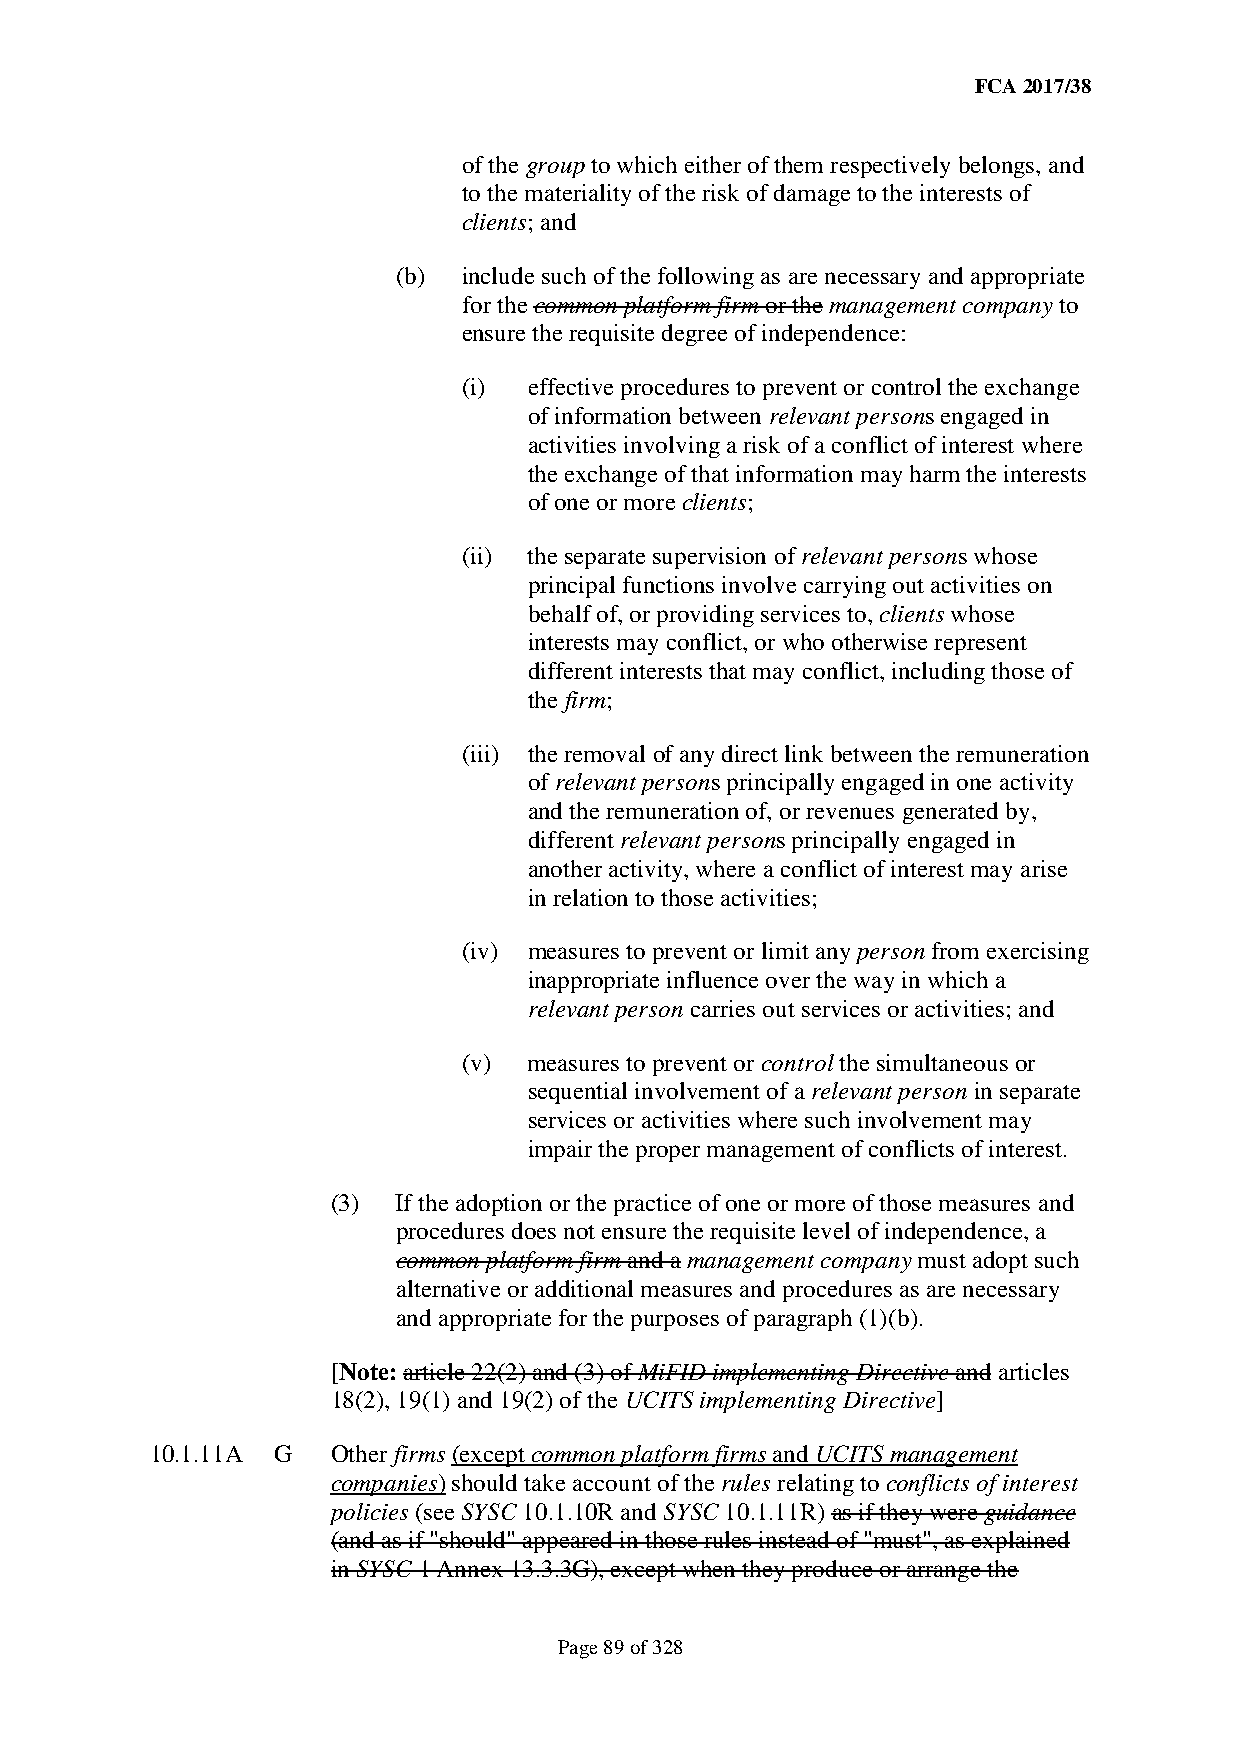
FCA 2017/38
 of the group to which either of them respectively belongs, and
 to the materiality of the risk of damage to the interests of
 clients; and
 (b)  include such of the following as are necessary and appropriate
 for the common platform firm or the management company to
 ensure the requisite degree of independence:
 (i) effective procedures to prevent or control the exchange
 of information between relevant persons engaged in
 activities involving a risk of a conflict of interest where
 the exchange of that information may harm the interests
 of one or more clients;
 (ii) the separate supervision of relevant persons whose
 principal functions involve carrying out activities on
 behalf of, or providing services to, clients whose
 interests may conflict, or who otherwise represent
 different interests that may conflict, including those of
 the firm;
 (iii) the removal of any direct link between the remuneration
 of relevant persons principally engaged in one activity
 and the remuneration of, or revenues generated by,
 different relevant persons principally engaged in
 another activity, where a conflict of interest may arise
 in relation to those activities;
 (iv) measures to prevent or limit any person from exercising
 inappropriate influence over the way in which a
 relevant person carries out services or activities; and
 (v) measures to prevent or control the simultaneous or
 sequential involvement of a relevant person in separate
 services or activities where such involvement may
 impair the proper management of conflicts of interest.
 (3) If the adoption or the practice of one or more of those measures and
 procedures does not ensure the requisite level of independence, a
 common platform firm and a management company must adopt such
 alternative or additional measures and procedures as are necessary
 and appropriate for the purposes of paragraph (1)(b).
 [Note: article 22(2) and (3) of MiFID implementing Directive and articles
 18(2), 19(1) and 19(2) of the UCITS implementing Directive]
 10.1.11A G  Other firms (except common platform firms and UCITS management
 companies) should take account of the rules relating to conflicts of interest
 policies (see SYSC 10.1.10R and SYSC 10.1.11R) as if they were guidance
 (and as if "should" appeared in those rules instead of "must", as explained
 in SYSC 1 Annex 13.3.3G), except when they produce or arrange the
 Page 89 of 328